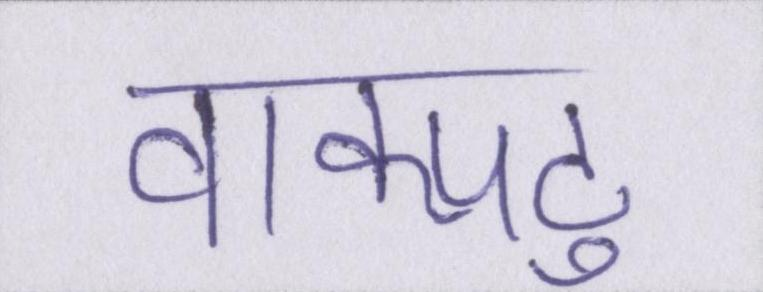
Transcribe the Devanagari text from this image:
वाक्पटु